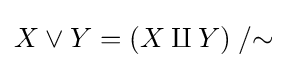
X\vee Y=(X\amalg Y)\;/{\sim }